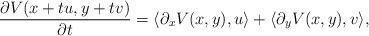
LaTeX: \begin{align*} \frac{\partial V(x+tu,y+tv)}{\partial t} = \langle \partial_x V(x,y), u\rangle+\langle \partial_y V(x,y), v\rangle,\end{align*}